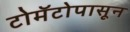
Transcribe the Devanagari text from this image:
टोमॅटोपासून